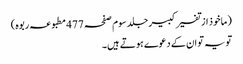
(ماخوذ از تفسیر کبیر جلد سوم صفحہ 477 مطبوعہ ربوہ)
تو یہ تو ان کے دعوے ہوتے ہیں۔